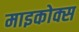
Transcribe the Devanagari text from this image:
माइकोक्स